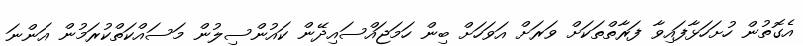
އެގޮތުން ހުށަހަޅާފައިވާ ފަރާތްތަކަށް ވަރަށް އަވަހަށް ބިން ހަމަޖައްސައިދޭން ކައުންސިލުން މަސައްކަތްކުރަމުން އަންނަ